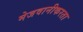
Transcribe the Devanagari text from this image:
मेजवानीकरता